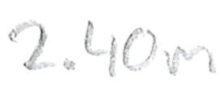
Text: 2.40m
Cross-out: clean
Writing tool: pencil